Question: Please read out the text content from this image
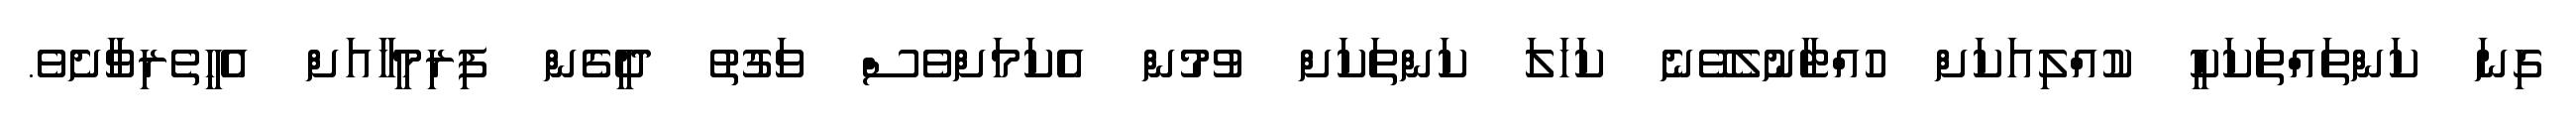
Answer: ގިނަ ކަންތައްތަކަކީ ކުއްލިއަކަށް ހުއްޓާނުލެވޭނެ ކަހަލަ ކަންތަކަށް ވުމުން އެކަމަށްވެސް ވަގުތު ދީގެން ފިރިމީހާއަށް އެހީތެރިވާށެެވެ.